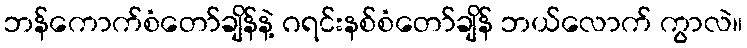
ဘန်ကောက်စံတော်ချိန်နဲ့ ဂရင်းနစ်စံတော်ချိန် ဘယ်လောက် ကွာလဲ။